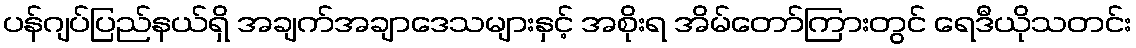
ပန်ဂျပ်ပြည်နယ်ရှိ အချက်အချာဒေသများနှင့် အစိုးရ အိမ်တော်ကြားတွင် ရေဒီယိုသတင်း